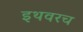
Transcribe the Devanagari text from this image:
इथवरच